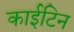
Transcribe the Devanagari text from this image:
काईटिन